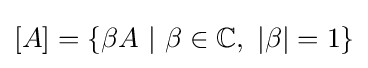
\left[A\right]=\left\{\beta A\ |\ \beta \in \mathbb {C} ,\ \left\vert \beta \right\vert =1\right\}